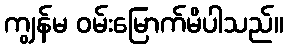
ကျွန်မ ဝမ်းမြောက်မိပါသည်။